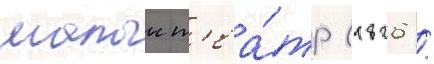
малыи т'еа́тр (1826 /